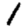
Digit: 1